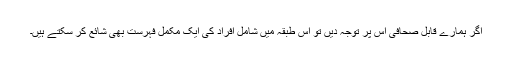
اگر ہمارے قابل صحافی اس پر توجہ دیں تو اس طبقہ میں شامل افراد کی ایک مکمل فہرست بھی شائع کر سکتے ہیں۔